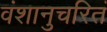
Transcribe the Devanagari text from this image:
वंशानुचरितं